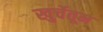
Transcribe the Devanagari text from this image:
खुर्चेतून